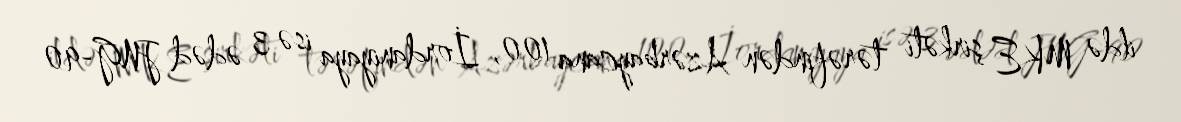
ildə MKE şirkəti tərəfindən Azərbaycana 100, İordaniyaya isə 3 ədəd JNG-90